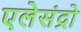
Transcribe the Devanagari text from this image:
एलेसंद्रो